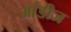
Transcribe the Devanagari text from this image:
आंडीज